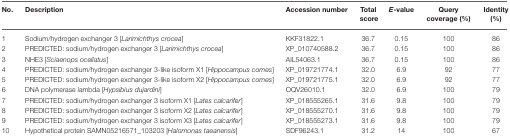
<table><thead><tr><td><b>No.</b></td><td><b>Description</b></td><td><b>Accession number</b></td><td><b>Total score</b></td><td><b><i>E</i>-value</b></td><td><b>Query coverage (%)</b></td><td><b>Identity (%)</b></td></tr></thead><tbody><tr><td>1</td><td>Sodium/hydrogen exchanger 3 [<i>Larimichthys crocea</i>]</td><td>KKF31822.1</td><td>36.7</td><td>0.15</td><td>100</td><td>86</td></tr><tr><td>2</td><td>PREDICTED: sodium/hydrogen exchanger 3 [<i>Larimichthys crocea</i>]</td><td>XP_010740588.2</td><td>36.7</td><td>0.15</td><td>100</td><td>86</td></tr><tr><td>3</td><td>NHE3 [<i>Sciaenops ocellatus</i>]</td><td>AIL54063.1</td><td>36.7</td><td>0.15</td><td>100</td><td>86</td></tr><tr><td>4</td><td>PREDICTED: sodium/hydrogen exchanger 3-like isoform X1 [<i>Hippocampus comes</i>]</td><td>XP_019721774.1</td><td>32.0</td><td>6.9</td><td>92</td><td>77</td></tr><tr><td>5</td><td>PREDICTED: sodium/hydrogen exchanger 3-like isoform X2 [<i>Hippocampus comes</i>]</td><td>XP_019721775.1</td><td>32.0</td><td>6.9</td><td>92</td><td>77</td></tr><tr><td>6</td><td>DNA polymerase lambda [<i>Hypsibius dujardini</i>]</td><td>OQV26010.1</td><td>32.0</td><td>6.9</td><td>100</td><td>79</td></tr><tr><td>7</td><td>PREDICTED: sodium/hydrogen exchanger 3 isoform X1 [<i>Lates calcarifer</i>]</td><td>XP_018555265.1</td><td>31.6</td><td>9.8</td><td>100</td><td>79</td></tr><tr><td>8</td><td>PREDICTED: sodium/hydrogen exchanger 3 isoform X2 [<i>Lates calcarifer</i>]</td><td>XP_018555270.1</td><td>31.6</td><td>9.8</td><td>100</td><td>79</td></tr><tr><td>9</td><td>PREDICTED: sodium/hydrogen exchanger 3 isoform X3 [<i>Lates calcarifer</i>]</td><td>XP_018555273.1</td><td>31.6</td><td>9.8</td><td>100</td><td>79</td></tr><tr><td>10</td><td>Hypothetical protein SAMN05216571_103203 [<i>Halomonas taeanensis</i>]</td><td>SDF96243.1</td><td>31.2</td><td>14</td><td>100</td><td>67</td></tr></tbody></table>